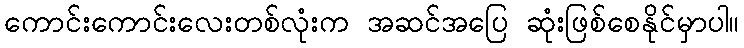
ကောင်းကောင်းလေးတစ်လုံးက အဆင်အပြေ ဆုံးဖြစ်စေနိုင်မှာပါ။